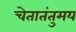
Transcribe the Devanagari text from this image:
चेतातंतुमय